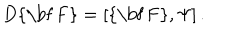
D \mathrm { { \bf ~ F } } = \left[ \mathrm { { \bf ~ F } } , \Psi \right] .